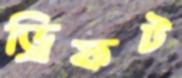
ড্রিফট